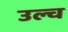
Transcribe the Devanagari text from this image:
उल्च